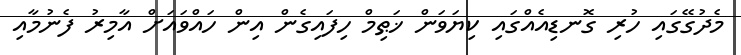
މެދުގޭގައި ހުރި ގޮނޑިއެއްގައި ކިޔަވަން ޚަޠިމް ހިފައިގެން އިން ހައްވައަށް އާމިރު ފެނުމާއި